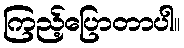
ကြည့်ပြောတာပါ။